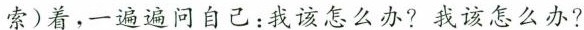
索)着，一遍遍问自己：我该怎么办?我该怎么办?